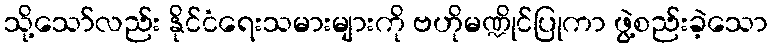
သို့သော်လည်း နိုင်ငံရေးသမားများကို ဗဟိုမဏ္ဍိုင်ပြုကာ ဖွဲ့စည်းခဲ့သော